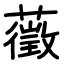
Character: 藢